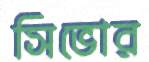
সিভোর